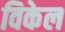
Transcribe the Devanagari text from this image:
विकेल